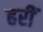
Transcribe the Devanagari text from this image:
हरीं